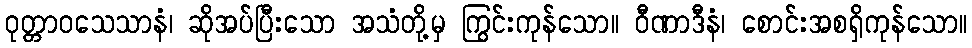
ဝုတ္တာဝသေသာနံ၊ ဆိုအပ်ပြီးသော အသံတို့မှ ကြွင်းကုန်သော။ ဝီဏာဒီနံ၊ စောင်းအစရှိကုန်သော။